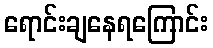
ရောင်းချနေရကြောင်း